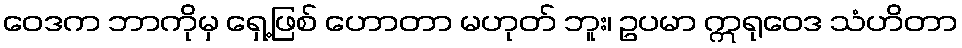
ဝေဒက ဘာကိုမှ ရှေ့ဖြစ် ဟောတာ မဟုတ် ဘူး၊ ဥပမာ ဣရုဝေဒ သံဟိတာ